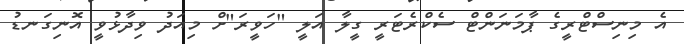
އެ މިނިސްޓްރީގެ ޕާމަނަންޓް ސެކްރެޓަރީ ގީލާ އަލީ "ހަވީރަ"ށް މިއަދު ވިދާޅުވީ އޮނިގަނޑު